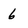
Character: 6